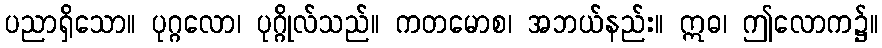
ပညာရှိသော။ ပုဂ္ဂလော၊ ပုဂ္ဂိုလ်သည်။ ကတမောစ၊ အဘယ်နည်း။ ဣဓ၊ ဤလောက၌။